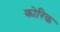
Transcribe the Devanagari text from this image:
कोरिक